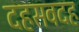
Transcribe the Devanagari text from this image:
दहसवदह